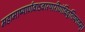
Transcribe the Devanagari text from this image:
महामाष्यार्णवाऽवारपारीणंविवृतिप्लवम्।